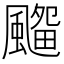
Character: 𱃊